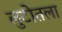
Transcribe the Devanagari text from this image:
लुटीतला